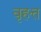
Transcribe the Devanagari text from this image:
वृहत्त